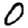
Digit: 0